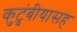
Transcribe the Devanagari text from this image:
कुटुंबीयासह